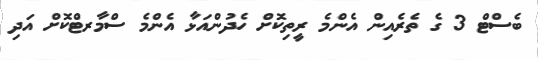
ބެސްޓް 3 ގެ ތެރެއިން އެންމެ ރީތިކޮށް ހެދުންއަޅާ އެންމެ ސްމާރޓްކޮށް އަދި